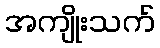
အကျိုးသက်